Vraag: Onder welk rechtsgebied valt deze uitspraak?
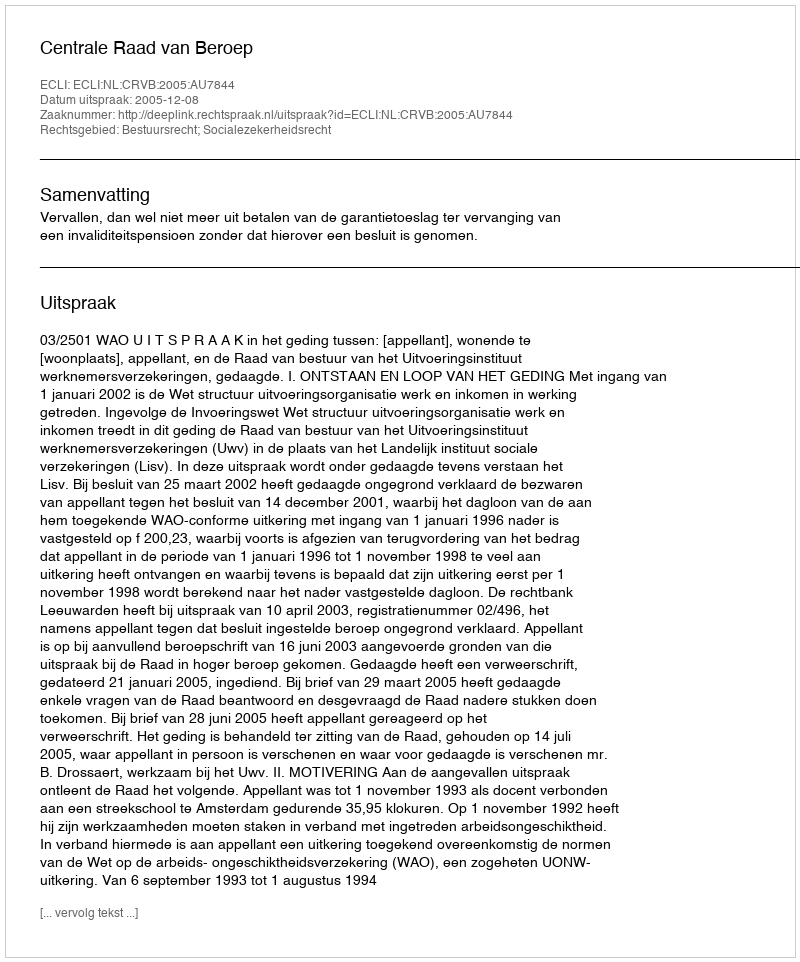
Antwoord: Bestuursrecht; Socialezekerheidsrecht